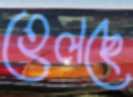
হেলছে